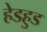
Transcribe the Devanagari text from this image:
हेडहुड